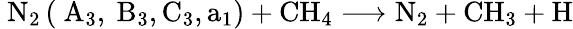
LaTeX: \mathrm{~N}_{2}\left(\mathrm{~A}_{3},\mathrm{~B}_{3},\mathrm{C}_{3},\mathrm{a}_{1}\right)+\mathrm{CH}_{4}\longrightarrow\mathrm{N}_{2}+\mathrm{CH}_{3}+\mathrm{H}